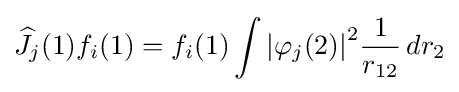
{\widehat {J}}_{j}(1)f_{i}(1)=f_{i}(1)\int {\left|\varphi _{j}(2)\right|}^{2}{\frac {1}{r_{12}}}\,dr_{2}